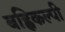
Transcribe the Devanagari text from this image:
बह्विकल्पी